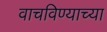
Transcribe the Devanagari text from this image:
वाचविण्याच्या